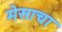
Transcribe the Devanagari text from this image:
मेसाचा